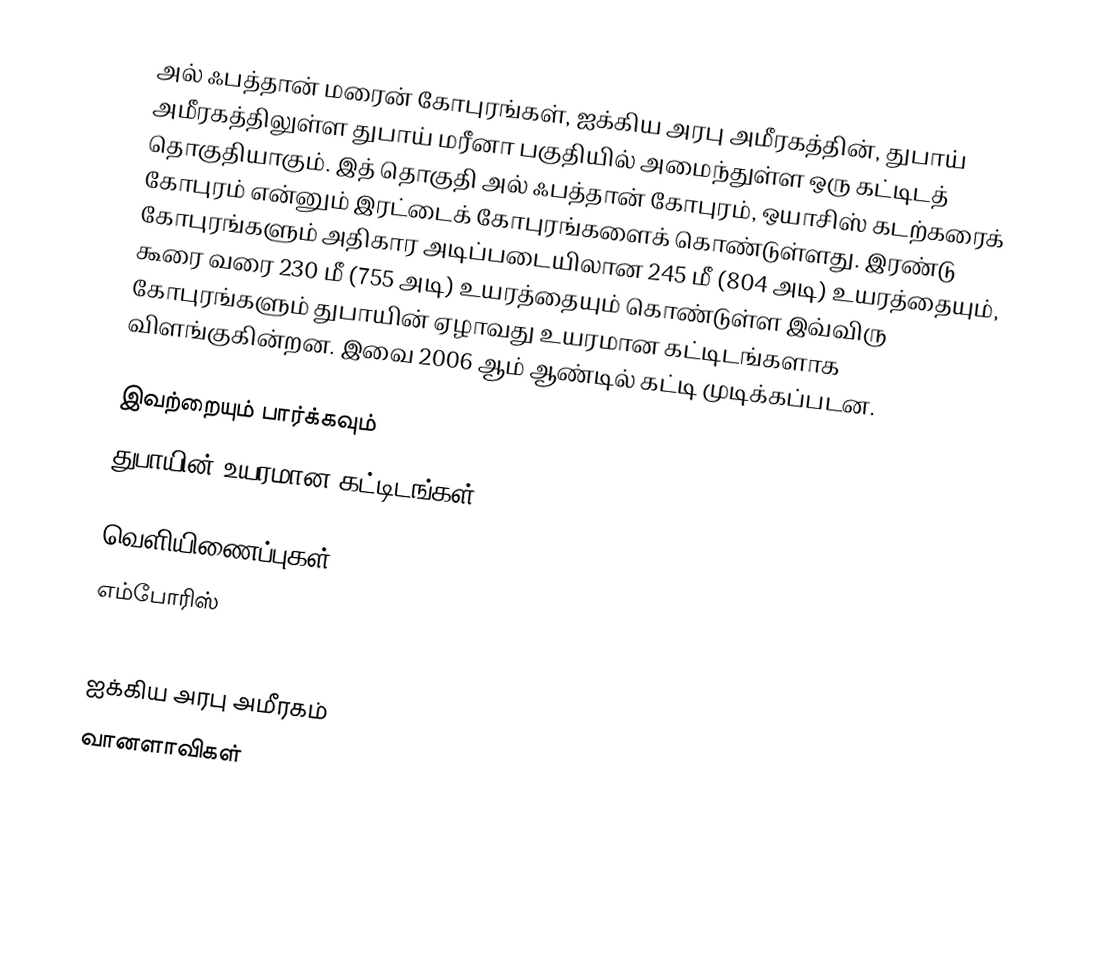
அல் ஃபத்தான் மரைன் கோபுரங்கள், ஐக்கிய அரபு அமீரகத்தின், துபாய் அமீரகத்திலுள்ள துபாய் மரீனா பகுதியில் அமைந்துள்ள ஒரு கட்டிடத் தொகுதியாகும். இத் தொகுதி அல் ஃபத்தான் கோபுரம், ஒயாசிஸ் கடற்கரைக் கோபுரம் என்னும் இரட்டைக் கோபுரங்களைக் கொண்டுள்ளது. இரண்டு கோபுரங்களும் அதிகார அடிப்படையிலான 245 மீ (804 அடி) உயரத்தையும், கூரை வரை 230 மீ (755 அடி) உயரத்தையும் கொண்டுள்ள இவ்விரு கோபுரங்களும் துபாயின் ஏழாவது உயரமான கட்டிடங்களாக விளங்குகின்றன. இவை 2006 ஆம் ஆண்டில் கட்டி முடிக்கப்படன.

இவற்றையும் பார்க்கவும்
 துபாயின் உயரமான கட்டிடங்கள்

வெளியிணைப்புகள்
எம்போரிஸ்

ஐக்கிய அரபு அமீரகம்
வானளாவிகள்